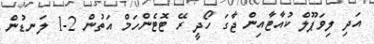
އަދި ލިވަޕޫލް ކުއާޓާއިން ޖާގަ ހޯދީ ރޭ ޓޮޓެންހަމް އަތުން 2-1 ލަނޑުން